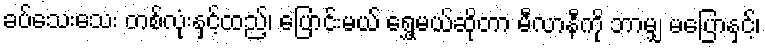
ခပ်သေးသေး တစ်လုံးနှင့်ထည့်၊ ပြောင်းမယ် ရွှေ့မယ်ဆိုတာ မီလာနီကို ဘာမျှ မပြောနှင့်၊